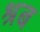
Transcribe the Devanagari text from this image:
श्रब